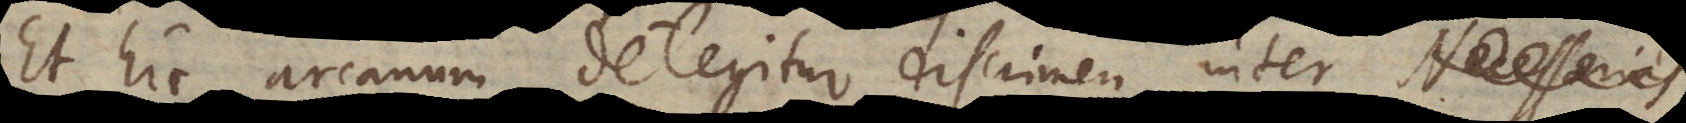
hic arcanum detegitur discrimen inter V